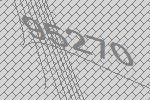
95270